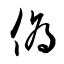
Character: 僞